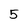
Character: 5